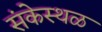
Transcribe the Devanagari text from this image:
संकेस्थळ